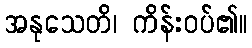
အနုသေတိ၊ ကိန်းဝပ်၏။